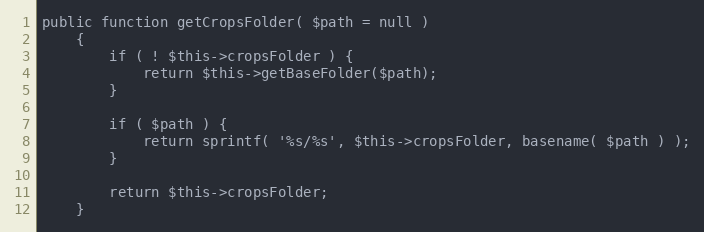
Language: PHP
public function getCropsFolder( $path = null )
    {
        if ( ! $this->cropsFolder ) {
            return $this->getBaseFolder($path);
        }

        if ( $path ) {
            return sprintf( '%s/%s', $this->cropsFolder, basename( $path ) );
        }

        return $this->cropsFolder;
    }